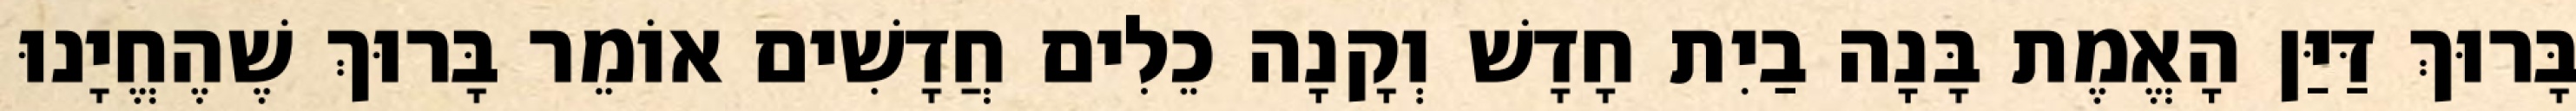
בָּרוּךְ דַּיַּן הָאֱמֶת בָּנָה בַיִת חָדָשׁ וְקָנָה כֵלִים חֲדָשִׁים אוֹמֵר בָּרוּךְ שֶׁהֶחֱיָנוּ